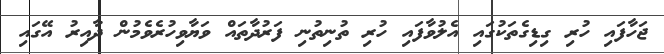
ޖަހާފައި ހުރި ގިޑިގެތަކުގައި އެލުވާފައި ހުރި ތުނިތުނި ފަރުދާތައް ވަޔާވިހުރެވެމުން ދާއިރު އޭގައި